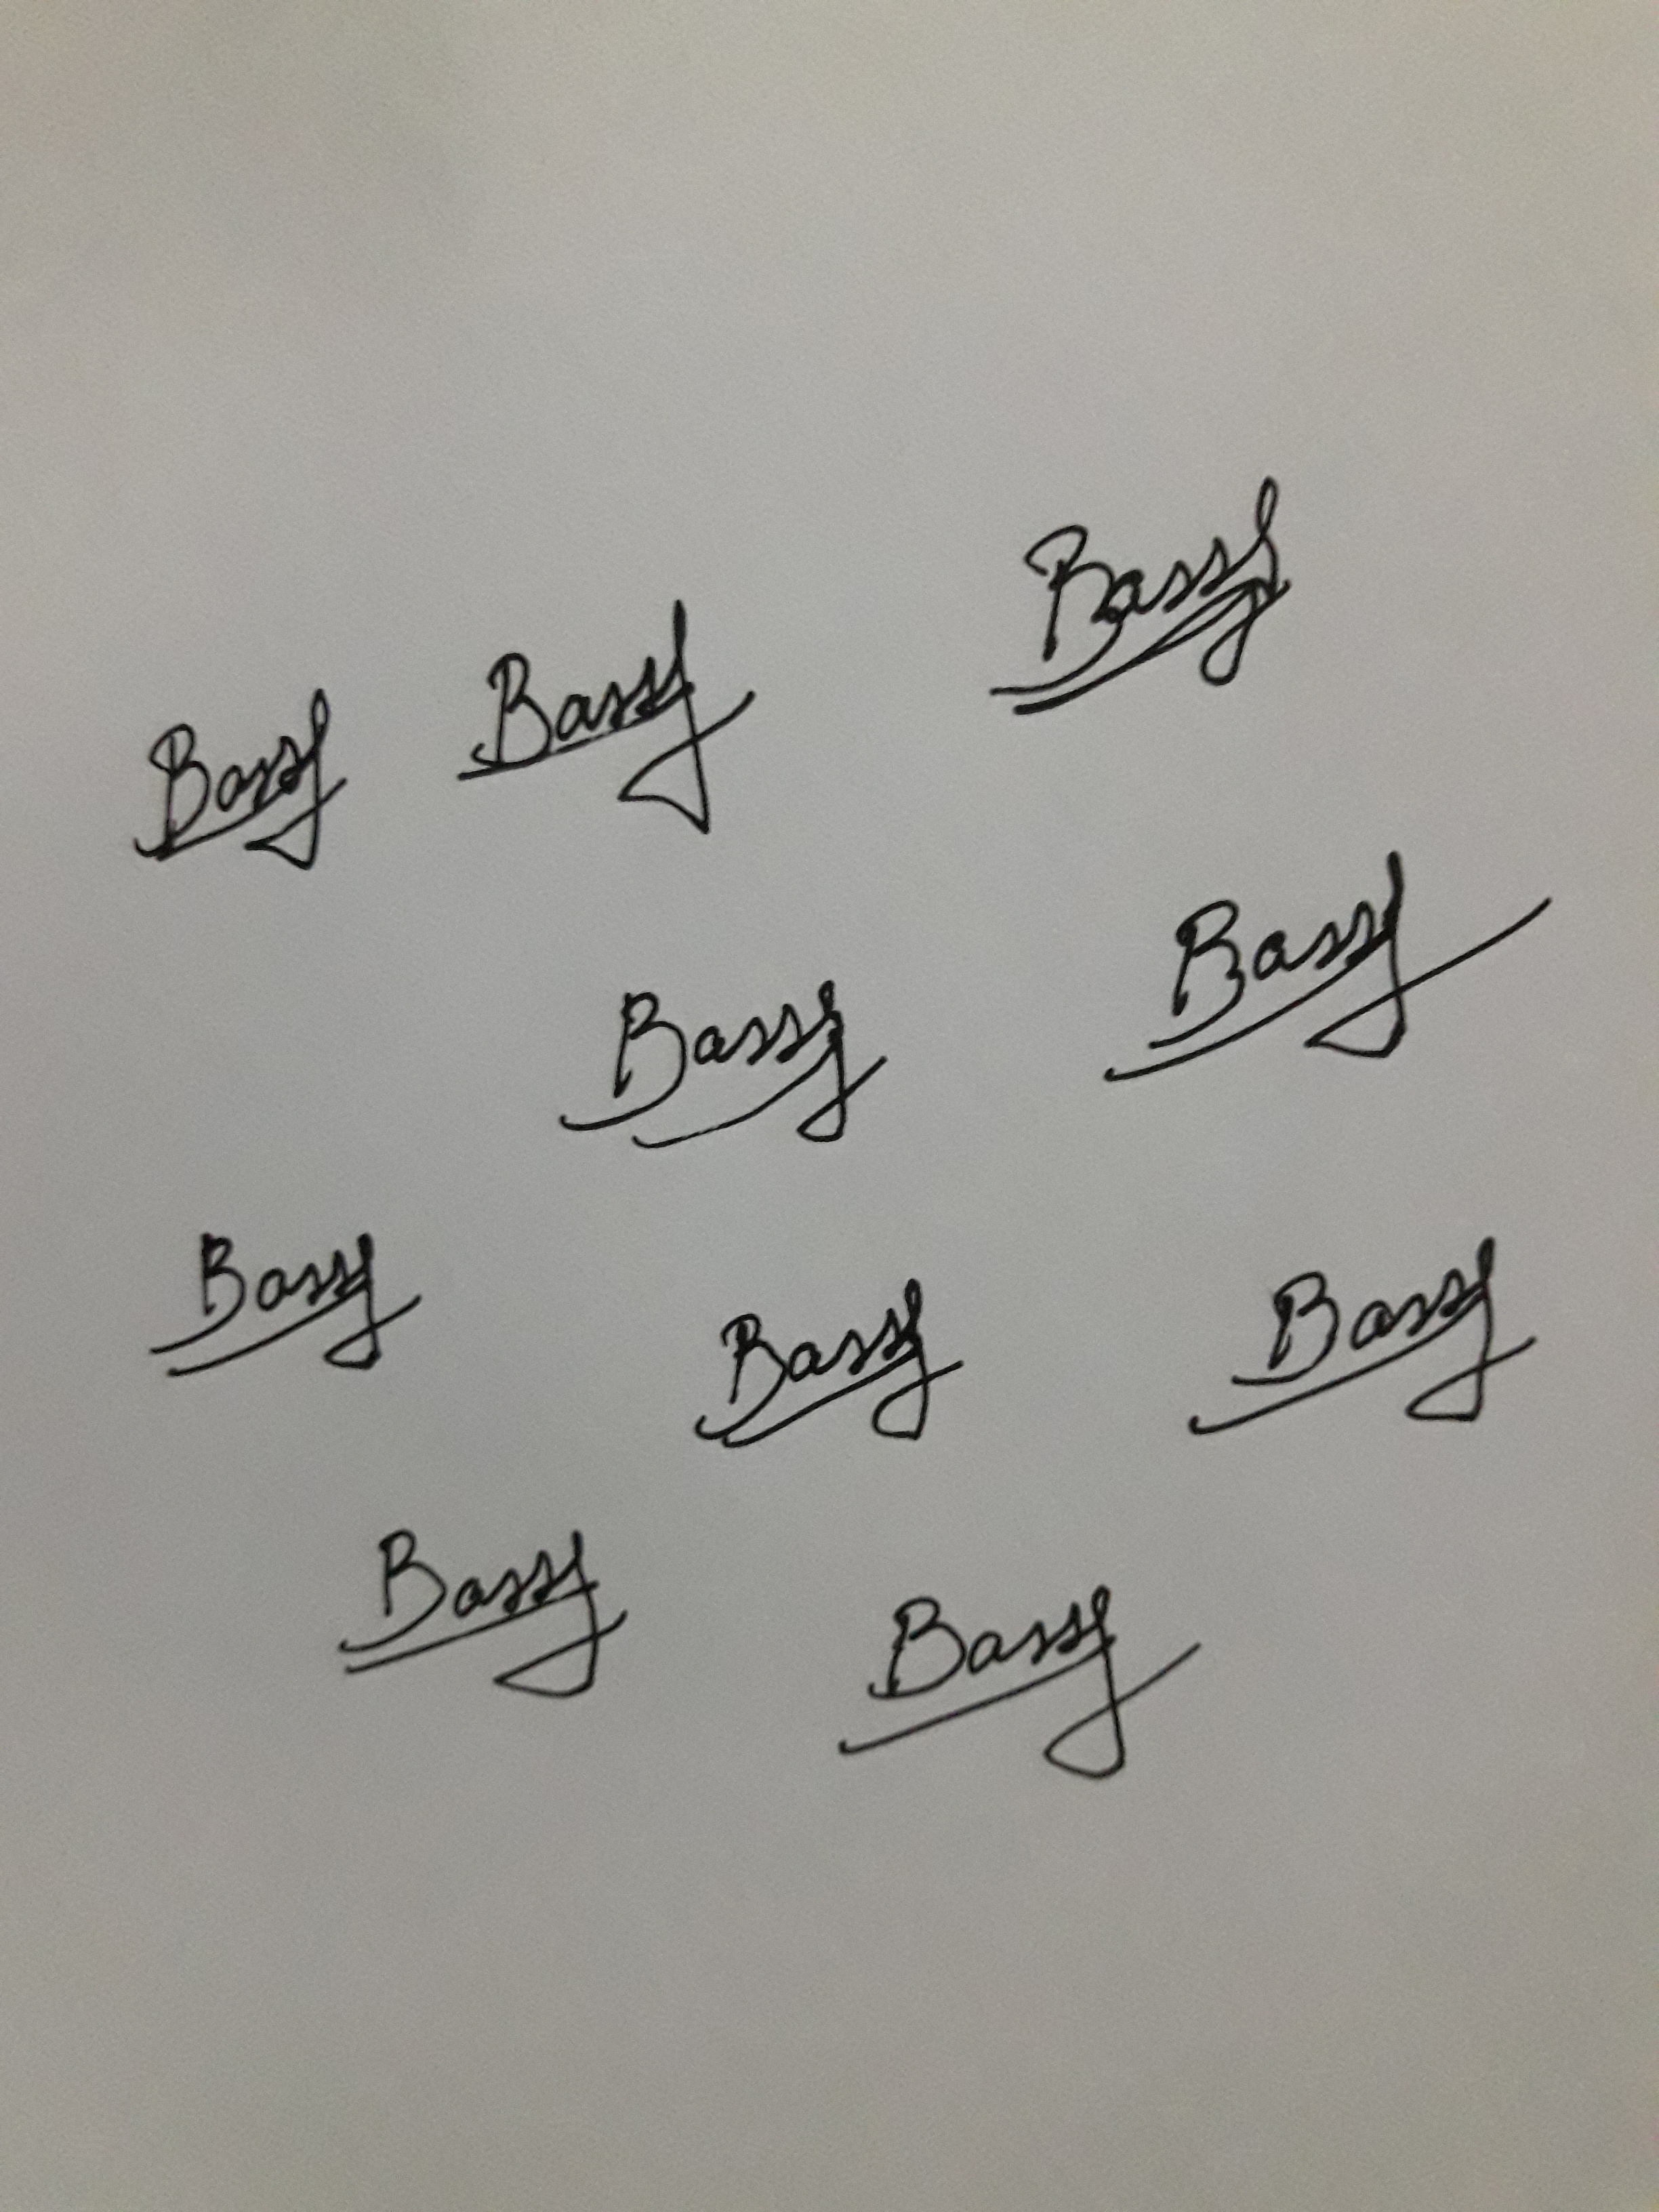
Signature authenticity: genuine